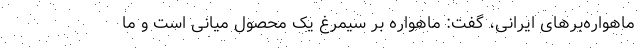
ماهواره‌برهای ایرانی، گفت: ماهواره بر سیمرغ یک محصول میانی است و ما